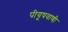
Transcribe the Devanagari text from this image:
पीयूषवाणी